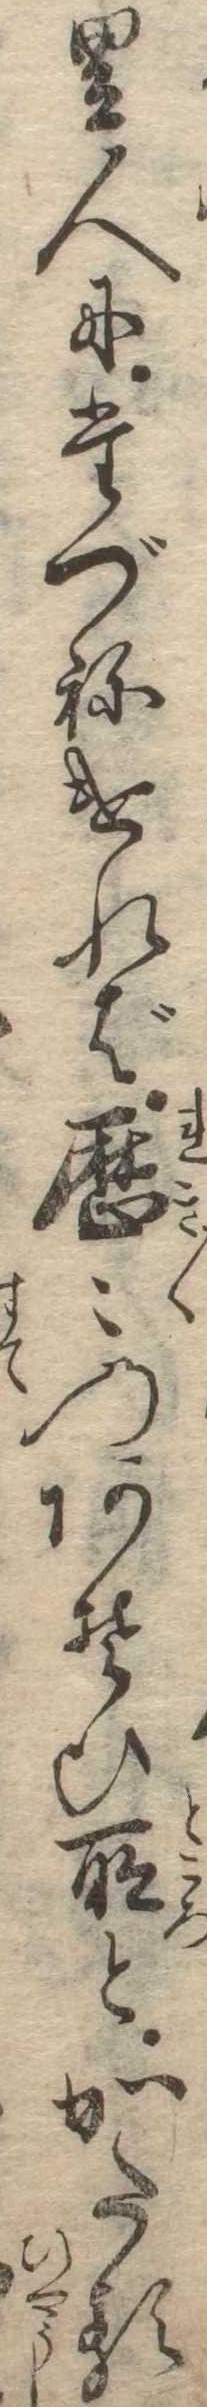
里人にたづねければ歴〻のあそひ所とかたる